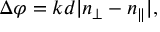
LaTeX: \Delta \varphi = k d | n _ { \bot } - n _ { \| } | ,